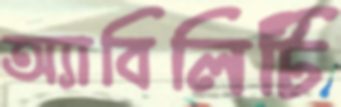
অ্যাবিলিটি